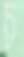
চ